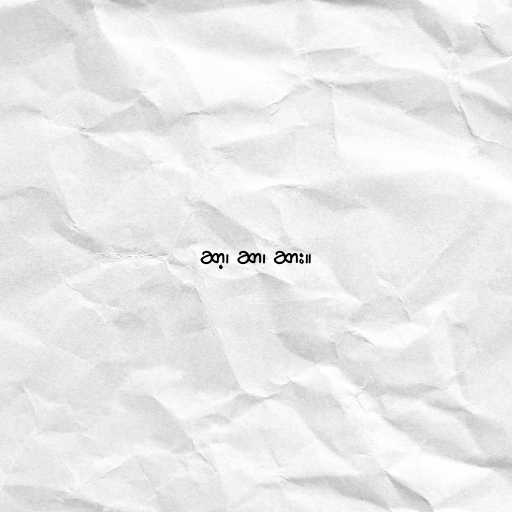
ဆာ့၊ ဆာ၊ ဆား။